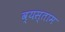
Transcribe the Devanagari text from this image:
व्यस्ताम